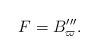
LaTeX: \begin{align*} F=B'''_\varpi. \end{align*}